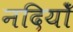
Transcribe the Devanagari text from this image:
नदियोँ